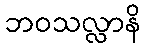
ဘဝသလ္လာနိ